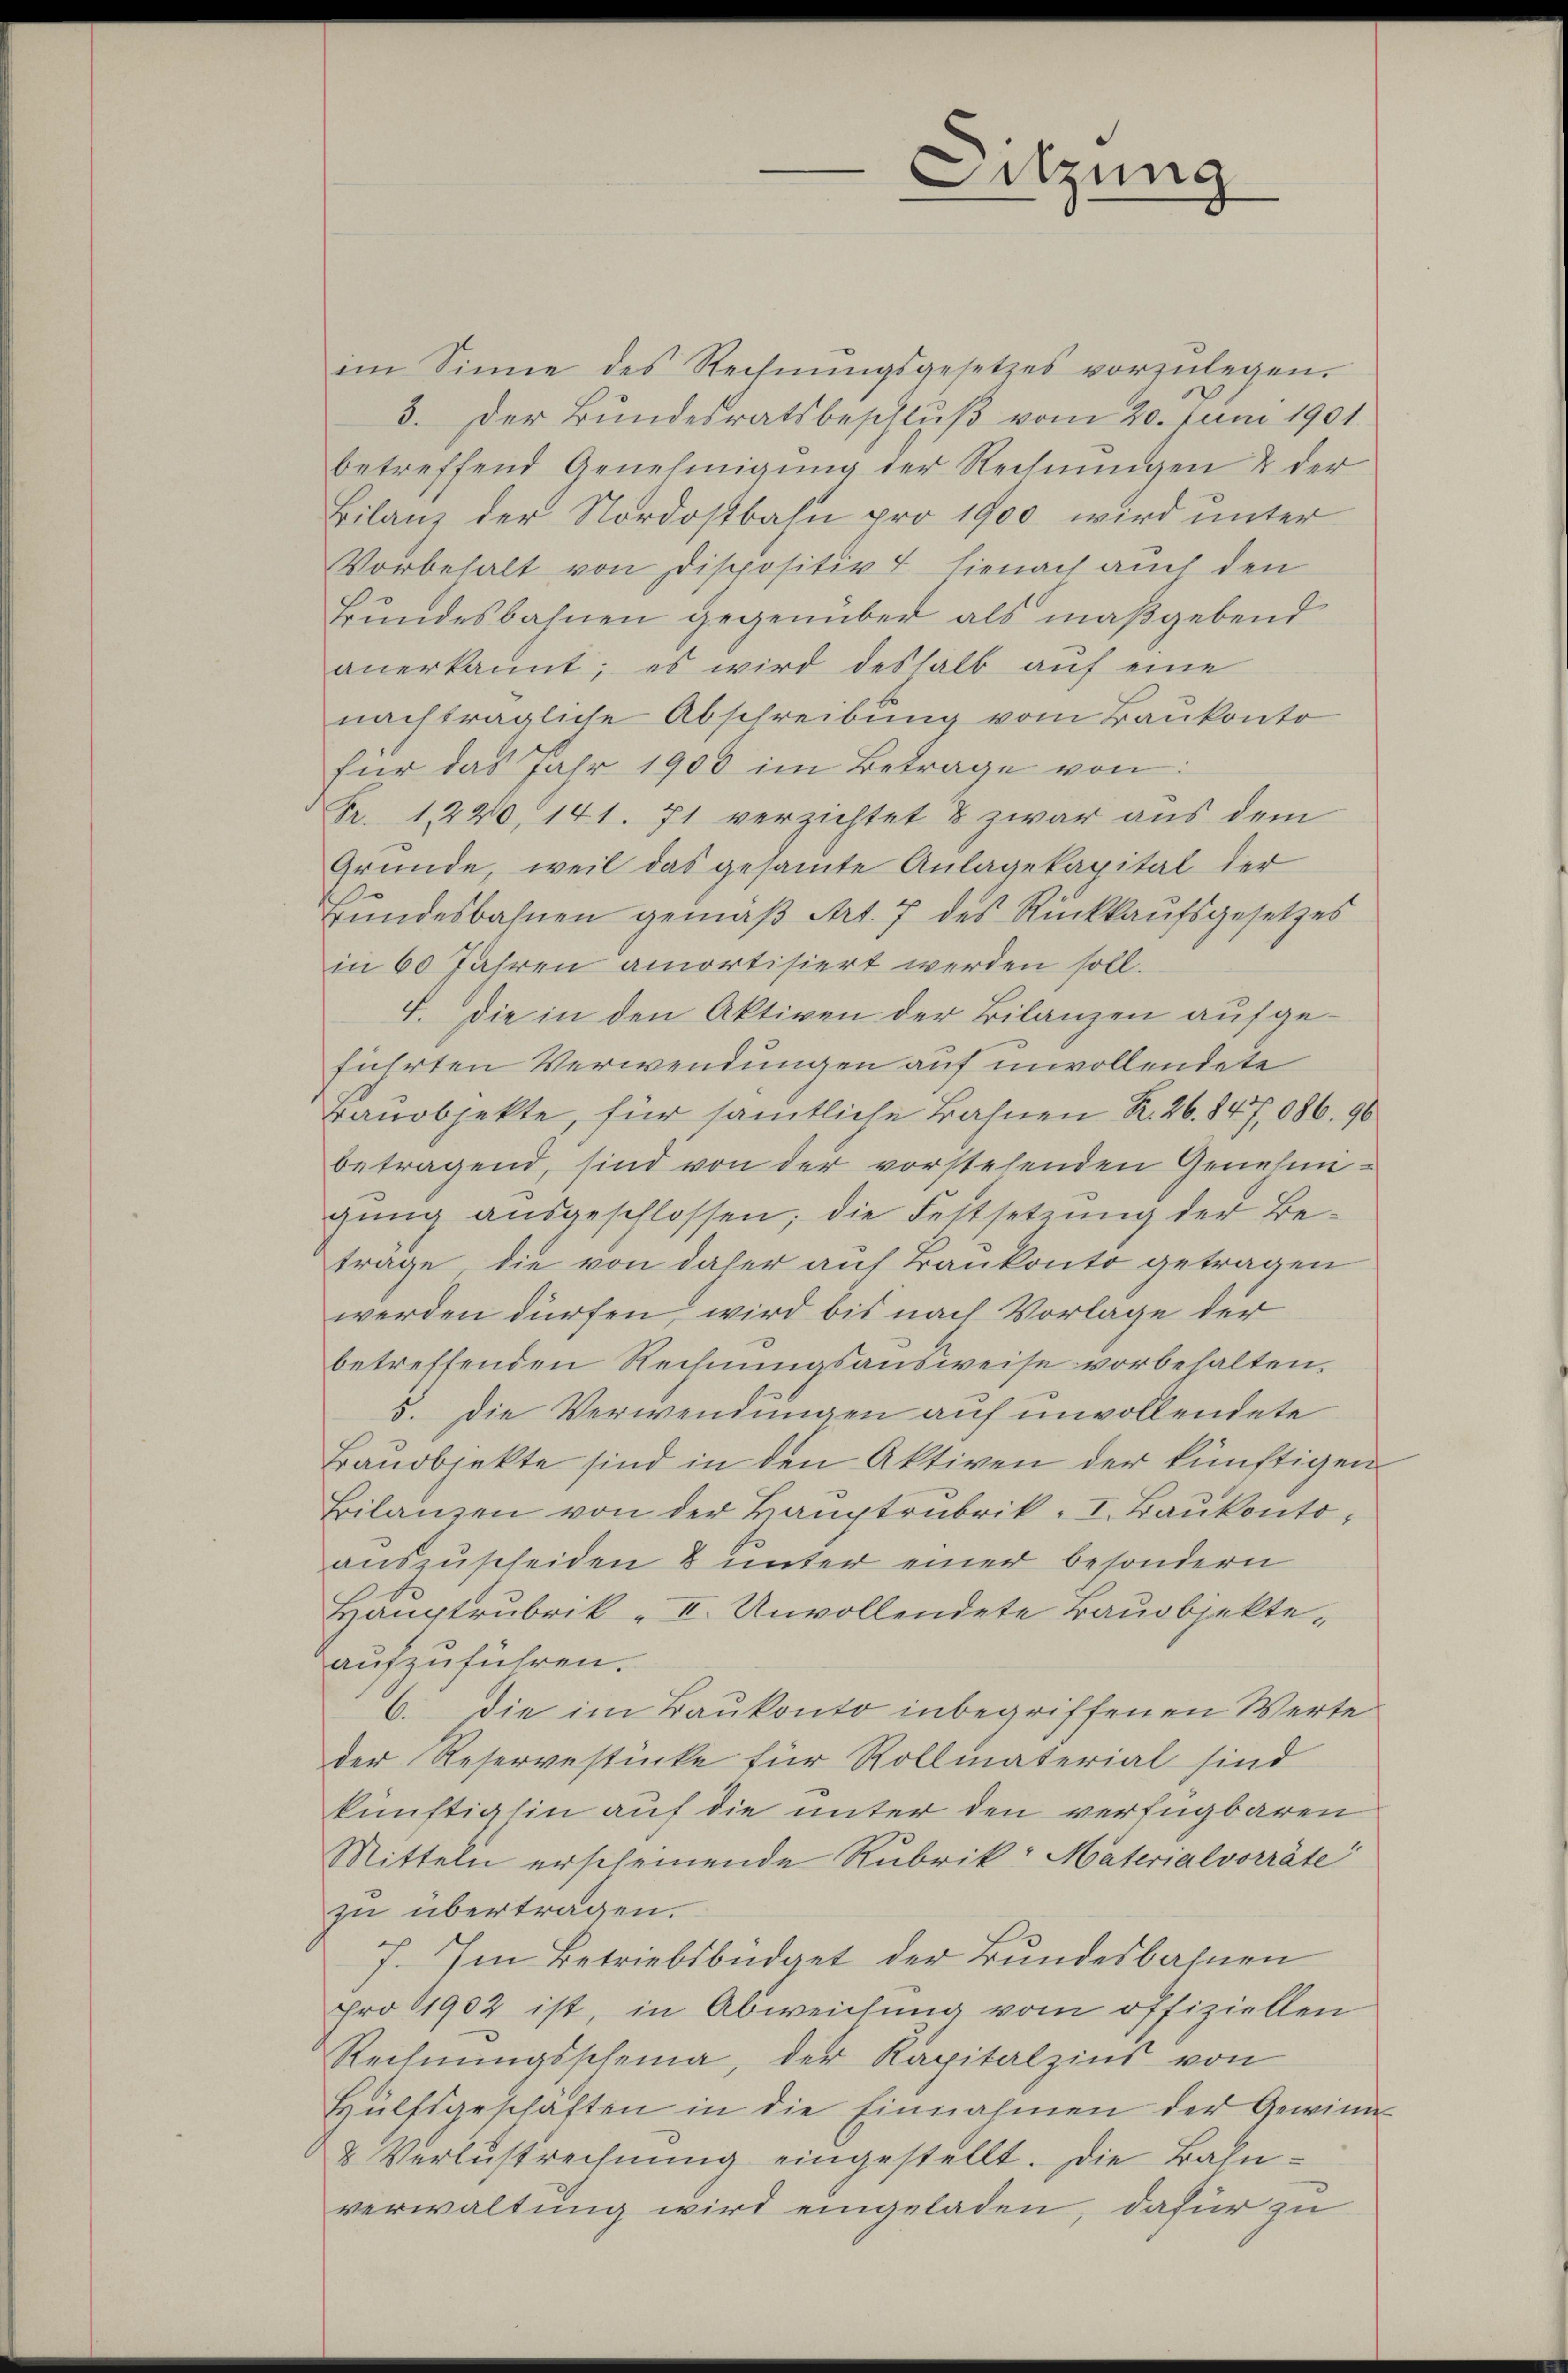
Sitzung
—

im Sinne des Rechnŭngsgesetzes vorzŭlegen.
3. Der Bundesratsbeschlŭβ vom 20. Juni 1901.
betreffend Genehmigung der Rechnungen & der
Bilanz der Nordostbahn pro 1900 wird unter
Vorbehalt von Dispositiv & hienach auch den
Bundesbahnen gegenüber als maßgebend
anerkannt; es wird deshalb aŭf eine
nachträgliche Abschreibung vom Baukonto
für das Jahr 1900 im Betrage von:
Fr. 1220, 141. 71 verzichtet & zwar aus dem
Gründe, weil das gesamte Anlagekapital der
Bundesbahnen gemäß Art. 7 des Rückkaufsgesetzes
in 60 Jahren amortisiert werden soll.
4. Die in den Aktiven der Bilanzen aufgeführten Verwendungen auf unvollendete
Bauobjekte, für sämtliche Bahnen K. 26. 847,086. 90
betragend, sind von der vorstehenden Genehmigung ausgeschlossen; die Festsetzung der Betrage, die von daher auf Bankonto getragen
werden dürfen, wird bis nach Vorlage der
betreffenden Rechnungsausweise vorbehalten,
5. Die Verwendungen auf unvollendete
Bauobjekte sind in den Aktiven der künftigen
Bilanzen von der Hauptrubrik. I. Baŭkontoauszuscheiden & unter einer besondern
Hauptrubrik „ II. Unvollendete Bauobjekte-
aufzuführen.
6. die im Baukonto inbegriffenen Werte
der Reservestücke für Rollmaterial sind
künftighin auf die unter den verfügbaren
Mitteln erscheinende Rubrik, Materialvorräte
zu übertragen.
7. Im Betriebsbüdget der Bundesbahnen
pro 1902 ist, in Abweichung vom offiziellen
Rechnŭngsscheina, der Kapitalzins von
Hülfsgeschäften in die Einnahmen der Gewinn
& Verlustrechnung eingestellt. Die Bahnverwaltung wird eingeladen, dafür zu